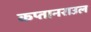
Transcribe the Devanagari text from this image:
कप्तानराउल